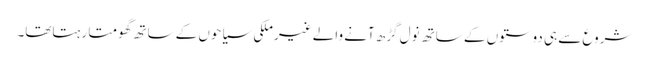
شروع سے ہی دوستوں کے ساتھ نول گڑھ آنے والے غیرملکی سیاحوں کے ساتھ گھومتا رہتاتھا۔